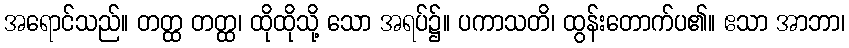
အရောင်သည်။ တတ္ထ တတ္ထ၊ ထိုထိုသို့ သော အရပ်၌။ ပကာသတိ၊ ထွန်းတောက်ပ၏။ ဧသာ အာဘာ၊